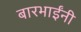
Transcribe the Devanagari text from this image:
बारभाईंनी